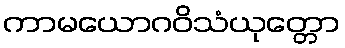
ကာမယောဂဝိသံယုတ္တော